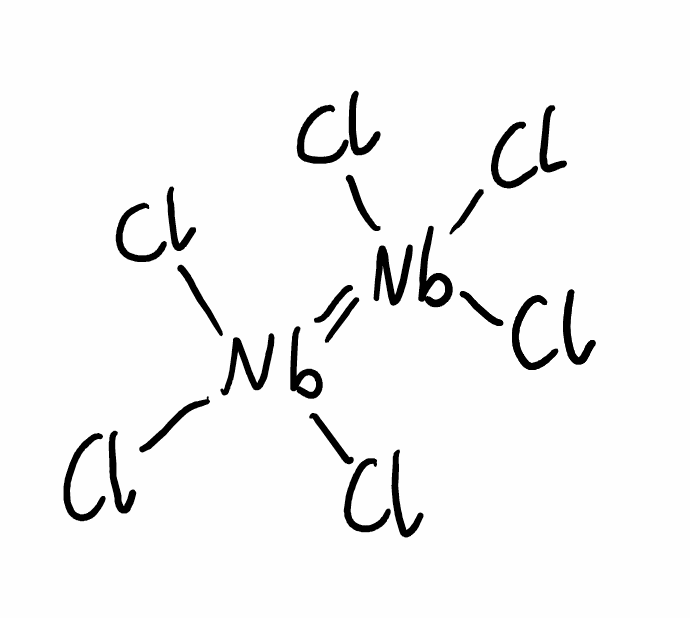
Simplified molecular-input line-entry system (SMILES) notation of the given molecule:
Cl[Nb](=[Nb](Cl)(Cl)Cl)(Cl)Cl